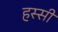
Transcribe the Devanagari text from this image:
हस्सी